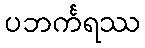
ပဘင်္ကရဿ